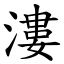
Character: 漊